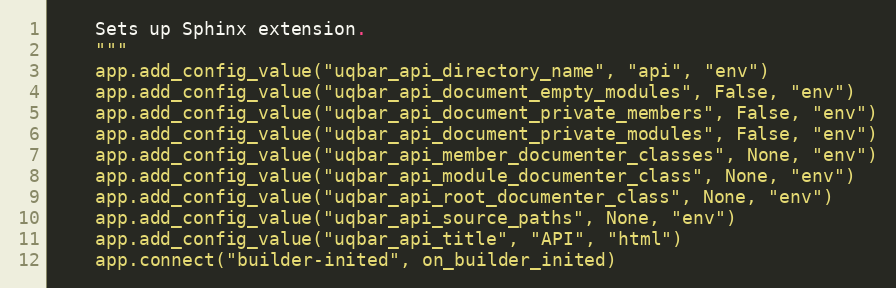
Language: Python
    Sets up Sphinx extension.
    """
    app.add_config_value("uqbar_api_directory_name", "api", "env")
    app.add_config_value("uqbar_api_document_empty_modules", False, "env")
    app.add_config_value("uqbar_api_document_private_members", False, "env")
    app.add_config_value("uqbar_api_document_private_modules", False, "env")
    app.add_config_value("uqbar_api_member_documenter_classes", None, "env")
    app.add_config_value("uqbar_api_module_documenter_class", None, "env")
    app.add_config_value("uqbar_api_root_documenter_class", None, "env")
    app.add_config_value("uqbar_api_source_paths", None, "env")
    app.add_config_value("uqbar_api_title", "API", "html")
    app.connect("builder-inited", on_builder_inited)